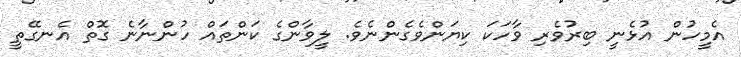
އެމީހުން އުޅެނީ ބިރުވެރި ވާހަކަ ކިޔަންވެގެންނެވެ. ލީވާންގެ ކަންތައް ހުންނާނެ ގޮތް އެނގޭތީ